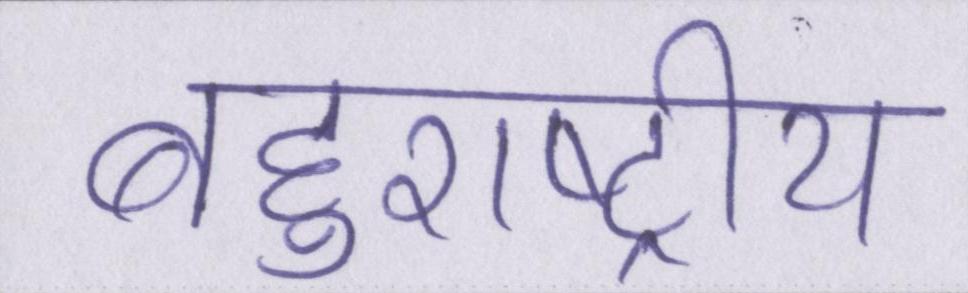
बहुराष्ट्रीय